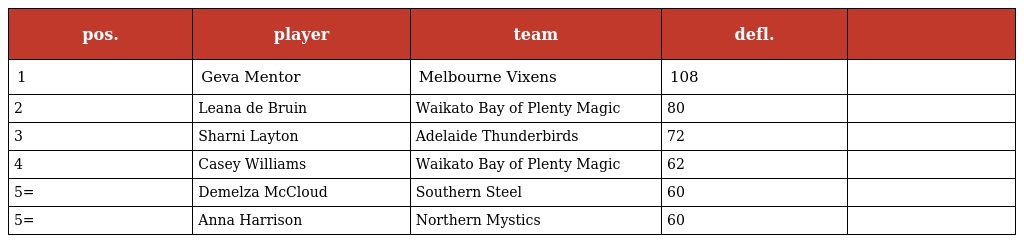
| pos. | player | team | defl. |  |
 | --- | --- | --- | --- | --- |
 | 1 | Geva Mentor | Melbourne Vixens | 108 |  |
 | 2 | Leana de Bruin | Waikato Bay of Plenty Magic | 80 |  |
 | 3 | Sharni Layton | Adelaide Thunderbirds | 72 |  |
 | 4 | Casey Williams | Waikato Bay of Plenty Magic | 62 |  |
 | 5= | Demelza McCloud | Southern Steel | 60 |  |
 | 5= | Anna Harrison | Northern Mystics | 60 |  |